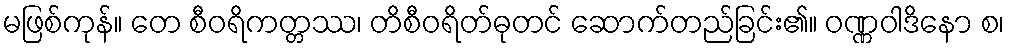
မဖြစ်ကုန်။ တေ စီဝရိကတ္တဿ၊ တိစီဝရိတ်ဓုတင် ဆောက်တည်ခြင်း၏။ ဝဏ္ဏဝါဒိနော စ၊